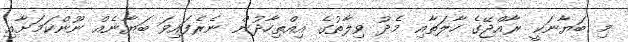
މި ބަޔާނަކީ ރާއްޖޭގެ ހާލަތާއި މެދު ވިލާތުގެ އިއްތިހާދުން ނެރެފައިވަ ބަޔާނެއް ނޫންކަމަށާއި